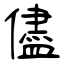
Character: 儘